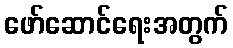
ဖော်ဆောင်ရေးအတွက်